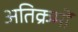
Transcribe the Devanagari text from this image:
अतिक्रमों